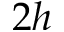
2 h